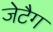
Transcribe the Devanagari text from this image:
जेटैग